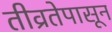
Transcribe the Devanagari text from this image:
तीव्रतेपासून